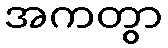
အကတွာ